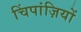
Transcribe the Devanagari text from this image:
चिंपांज़ियों